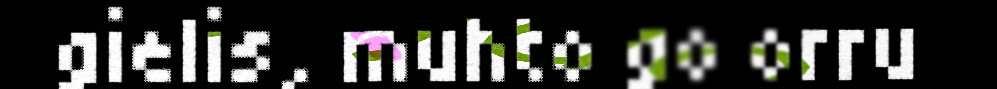
gielis, muhto go orru